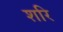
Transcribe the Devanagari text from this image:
शरि